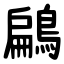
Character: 鶣